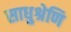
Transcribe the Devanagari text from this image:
साधुश्रेणि